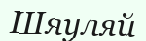
Шяуляй